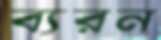
ব্যরন